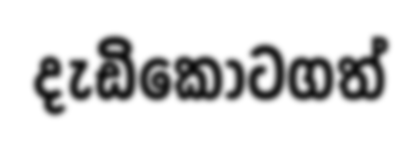
දැඩිකොටගත්